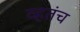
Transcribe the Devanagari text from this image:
व्हतंच